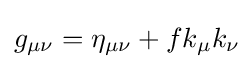
g_{\mu \nu }=\eta _{\mu \nu }+fk_{\mu }k_{\nu }\!